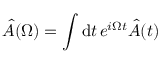
\hat { A } ( \Omega ) = \int \mathrm { d } t \, e ^ { i \Omega t } \hat { A } ( t )